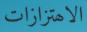
الاھتزازات